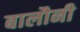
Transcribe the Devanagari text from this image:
बालौनी